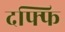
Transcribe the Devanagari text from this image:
दफ्फि